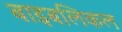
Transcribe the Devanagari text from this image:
बाइबलिकल